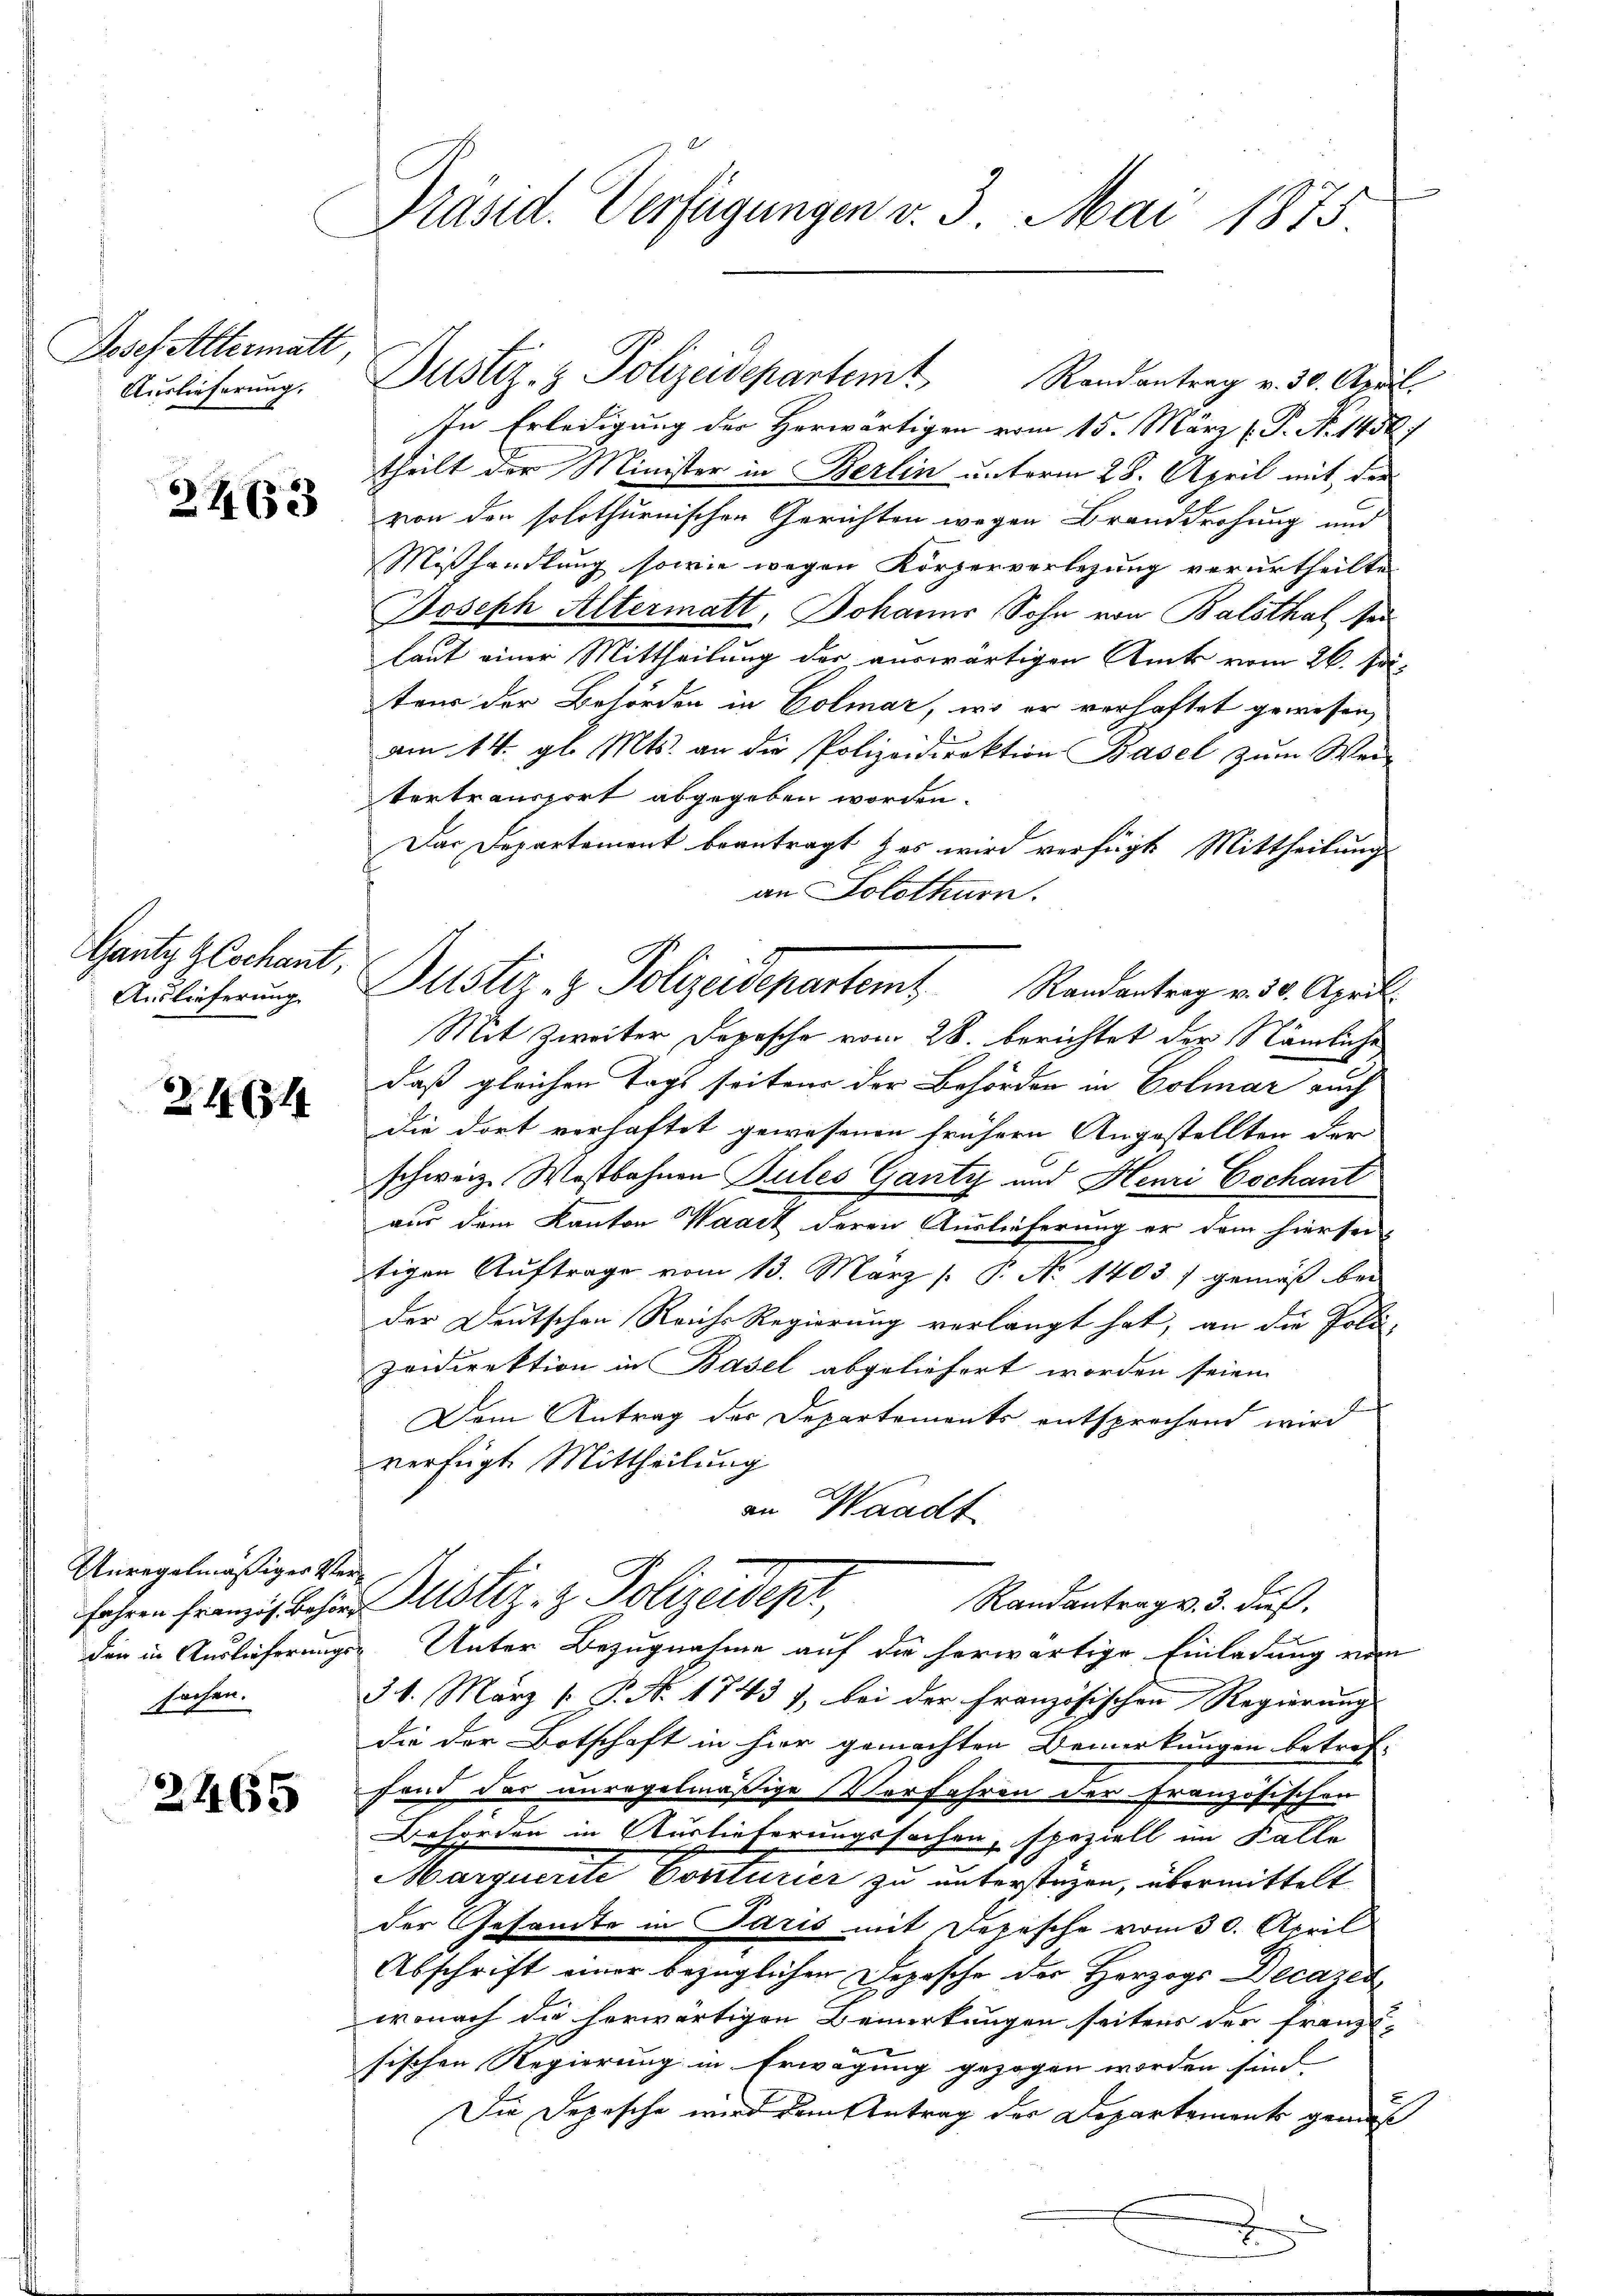
Josef Altermatt
Auslieferung.

2263

Gantz Geschant,
Auslieferung

Z. 116314

Anregelmäßiger Versachen.

2465

Präsid. Verfügungen v. 3. Mai 1875.

Justiz- & Polizeidepartem Randantrag v. 30. April.
In Erledigung der Herwärtigen vom 15. März (P. N. 1458/
theilt der Minister in Berlin unterm 28. April mit der
von den solothurnischen Gerichten wegen Branddrohung und
Mißhandlung sowie wegen Körperverlegung verurtheilte
Joseph Altermatt, Johanns, Sohn von Balsthal sei
laut einer Mittheilung der auswärtigen Ruts vom 26. Juteur der Behörden in Colmar, wo er verhaftet gewesen,
am 14. gl. Mts. an die Polizeidirektion Basel zŭm Wei-
tertransport abgegeben worden.
Das Departemont beantragt es wird verfügt Mittheilung
an Solothurn.
Mit Zweiter Depesche vom 28. berichtet der Nämliche
daß gleichen Tags seiten der Behörder in Colmar auch
die dort verhaftet gewesenen frühern Angestellten der
schweiz. Wostbahnen Pules Ganty und Henri Cochant
aus dem Kanton Waadt deren Auslieferung er dem hiersei
tigen Auftrage vom 13. März [ P. No 1403) gemäß bei
der Deutschen Reichs Regierung verlangt hat, an die Poli-
Zvidirektion in Basel abgeliefert worden seien.
¬
Dem Antrag der Departements entsprechend wird
verfügt. Mittheilung
an Waadt
Randantrag v. 3. dieß.
fahren franzig beher Meistiz- & Polizeidepi,
den in Auslieferungs- Unter Bezugnahme auf die herwärtige Einladung vom
3. 4. März [ P. Nr. 1743 1, bei der Französischen Regierung
die der Botschaft in hier gemachten Bemerkungen betref-
fond der unregelmäßige Verfahren der französischen
Behörden in Auslieferungssachen, speziell im Falle
Marquerite Conturier zu unterstüzen, übermittelt
der Gesamte in Paris mit Depesche vom 30. April
Abschrift einer bezüglichen Depesche der Herzogs Decaze
wonach die herwärtigen Bemerkungen seitens der Franz-
sischen Regierung in Erwägung gezogen worden sind.
Die Depesche wird dem Antrag der Departement gemaß
J

Dustiz- & Polizeidepartem Randantrag v. 18. April